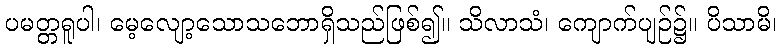
ပမတ္တရူပါ၊ မေ့လျော့သောသဘောရှိသည်ဖြစ်၍။ သိလာသံ၊ ကျောက်ပျဉ်၌။ ပိသာမိ၊